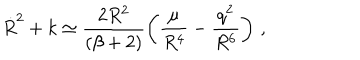
\dot { R } ^ { 2 } + k \simeq \frac { 2 R ^ { 2 } } { ( \beta + 2 ) } \left( \frac { \mu } { R ^ { 4 } } - \frac { q ^ { 2 } } { R ^ { 6 } } \right) \, ,